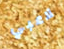
لاعبي